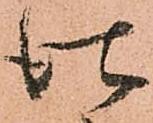
仕